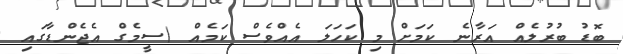
ބޮޑު ބުރުލެއް އަރާނެ ކަމަށް މި ކަހަލަ އެއްވެސް ކަމެއް (ސީމެގް އެޖެންޑާގައި